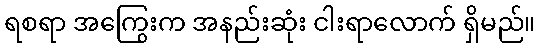
ရစရာ အကြွေးက အနည်းဆုံး ငါးရာလောက် ရှိမည်။